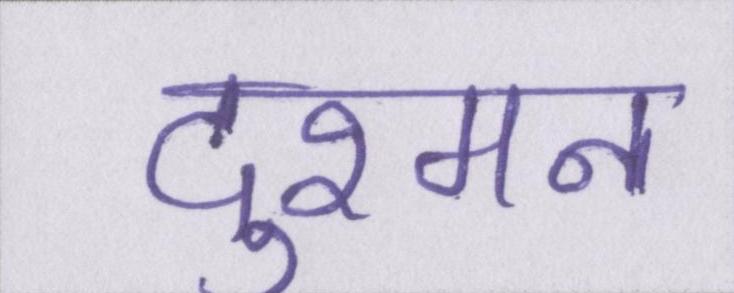
दुश्मन